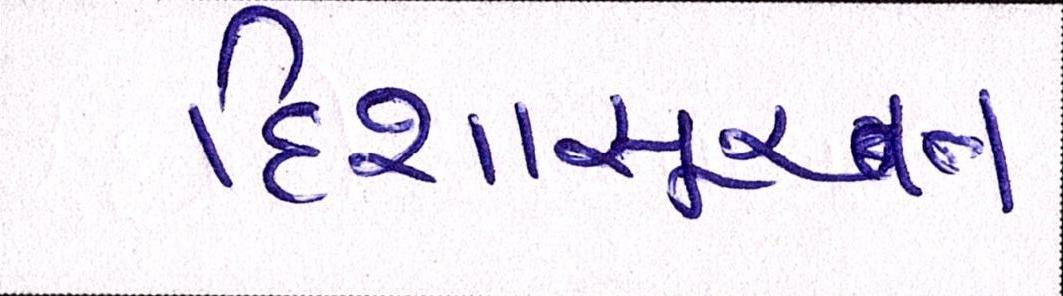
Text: દિશાસૂચન